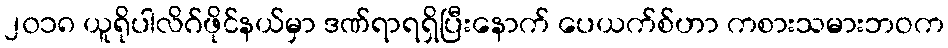
၂၀၁၈ ယူရိုပါလိဂ်ဖိုင်နယ်မှာ ဒဏ်ရာရရှိပြီးနောက် ပေယက်စ်ဟာ ကစားသမားဘဝက